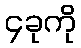
၄ခုကို